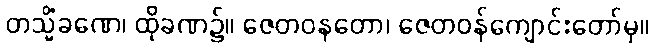
တသ္မိံခဏေ၊ ထိုခဏ၌။ ဇေတဝနတော၊ ဇေတဝန်ကျောင်းတော်မှ။